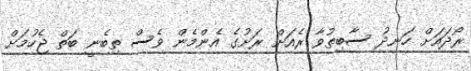
ރޯދައަށް ހަނދު ސާބިތުވާ ރެއަށް ރަށުގެ އެންމެން ވެސް ތިބެނީ ބަތް ޖެހުމަށް